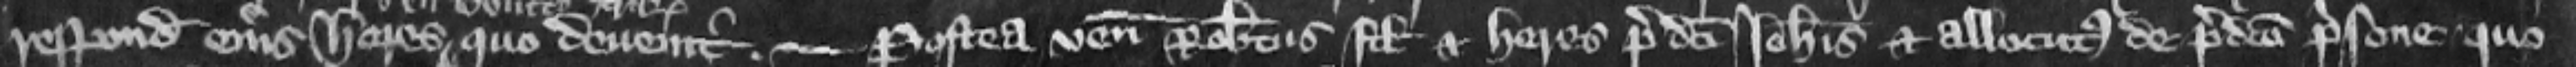
respondet eius heres quo deuenit. --- Postea venit Robertus filius et heres predicti Johannis et allocutus de predicto prisono quo